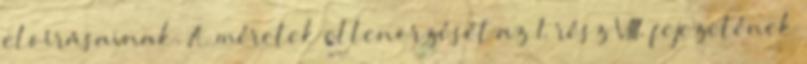
elõírásainak. A méretek ellenõrzését az 1. rész VIII. fejezetének